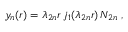
y _ { n } ( r ) = \lambda _ { 2 n } r \, j _ { 1 } ( \lambda _ { 2 n } r ) \, N _ { 2 n } \ ,